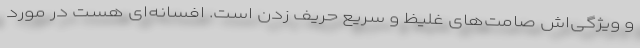
و ویژگی‌اش صامت‌های غلیظ و سریع حریف زدن است. افسانه‌ای هست در مورد